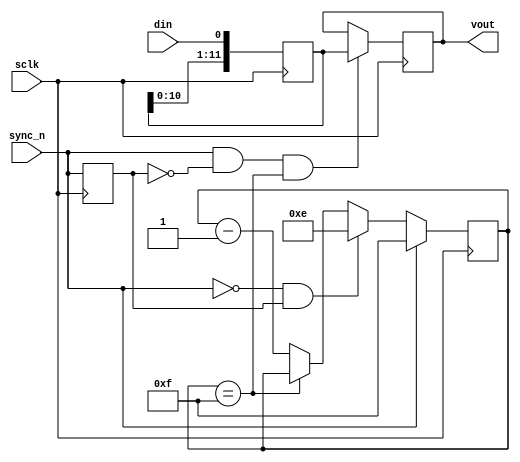
module  DAC121S101 (
    vout,                           
    din,                            
    sclk,                           
    sync_n                          
);
output       [11:0] vout;           
input               din;            
input               sclk;           
input               sync_n;         
reg  sync_dly_n;
always @ (negedge sclk)
  sync_dly_n <= sync_n;
wire spi_tfx_start = ~sync_n & sync_dly_n;
reg [3:0] spi_cnt;
wire      spi_cnt_done = (spi_cnt==4'hf);
always @ (negedge sclk)
  if (sync_n)              spi_cnt <=  4'hf;
  else if (spi_tfx_start)  spi_cnt <=  4'he;
  else if (~spi_cnt_done)  spi_cnt <=  spi_cnt-1;
wire spi_tfx_done = sync_n & ~sync_dly_n & spi_cnt_done;
reg  [15:0] dac_shifter;
always @ (negedge sclk)
  dac_shifter <=  {dac_shifter[14:0], din};
reg  [11:0] vout;
always @ (negedge sclk)
  if (spi_tfx_done)
    vout <=  dac_shifter[11:0];
endmodule